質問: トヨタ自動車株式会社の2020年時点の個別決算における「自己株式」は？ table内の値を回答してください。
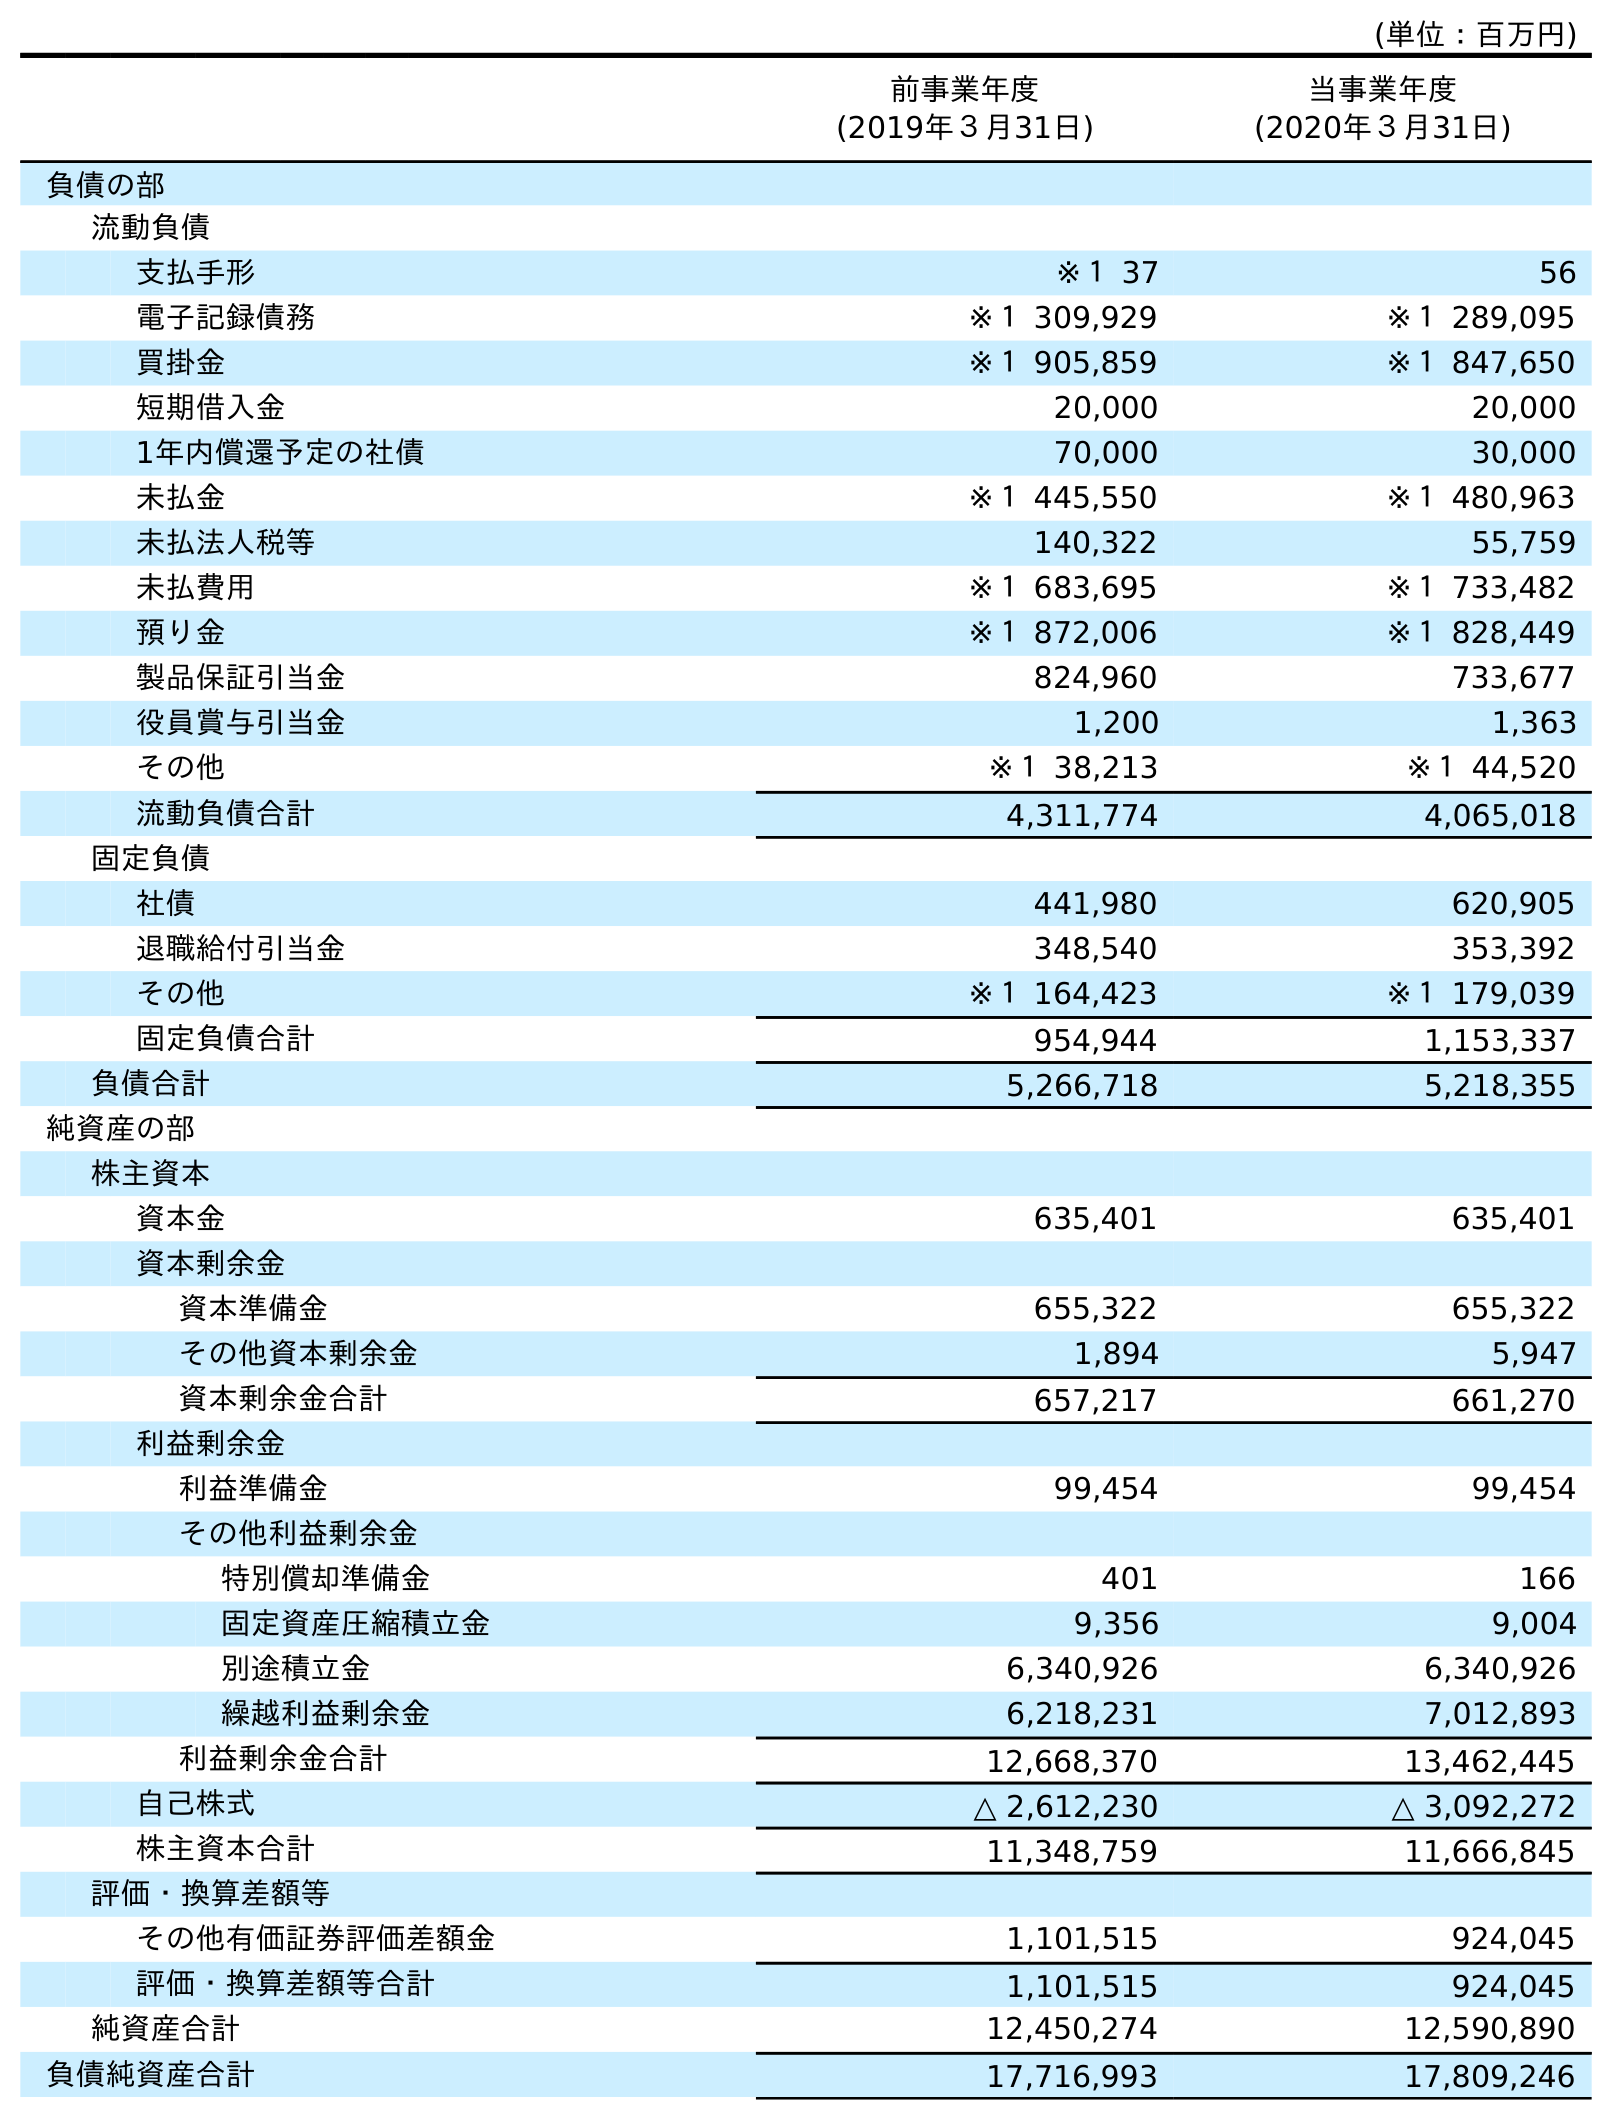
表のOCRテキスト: (単位：百万円) 前事業年度 (2019年３月31日) 当事業年度 (2020年３月31日) 負債の部 流動負債 支払手形 ※１ 37 56 電子記録債務 ※１ 309,929 ※１ 289,095 買掛金 ※１ 905,859 ※１ 847,650 短期借入金 20,000 20,000 1年内償還予定の社債 70,000 30,000 未払金 ※１ 445,550 ※１ 480,963 未払法人税等 140,322 55,759 未払費用 ※１ 683,695 ※１ 733,482 預り金 ※１ 872,006 ※１ 828,449 製品保証引当金 824,960 733,677 役員賞与引当金 1,200 1,363 その他 ※１ 38,213 ※１ 44,520 流動負債合計 4,311,774 4,065,018 固定負債 社債 441,980 620,905 退職給付引当金 348,540 353,392 その他 ※１ 164,423 ※１ 179,039 固定負債合計 954,944 1,153,337 負債合計 5,266,718 5,218,355 純資産の部 株主資本 資本金 635,401 635,401 資本剰余金 資本準備金 655,322 655,322 その他資本剰余金 1,894 5,947 資本剰余金合計 657,217 661,270 利益剰余金 利益準備金 99,454 99,454 その他利益剰余金 特別償却準備金 401 166 固定資産圧縮積立金 9,356 9,004 別途積立金 6,340,926 6,340,926 繰越利益剰余金 6,218,231 7,012,893 利益剰余金合計 12,668,370 13,462,445 自己株式 △ 2,612,230 △ 3,092,272 株主資本合計 11,348,759 11,666,845 評価・換算差額等 その他有価証券評価差額金 1,101,515 924,045 評価・換算差額等合計 1,101,515 924,045 純資産合計 12,450,274 12,590,890 負債純資産合計 17,716,993 17,809,246
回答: △3,092,272